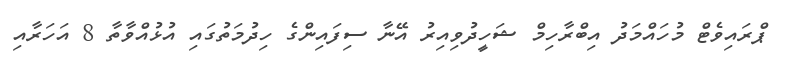
ޕްރައިވެޓް މުހައްމަދު އިބްރާހިމް ޝަހީދުވިއިރު އޭނާ ސިފައިންގެ ހިދުމަތުގައި އުޅުއްވާތާ 8 އަހަރާއި